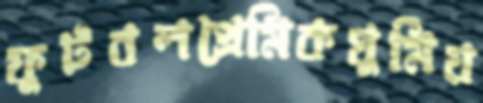
ফুটবলপ্রেমিকঘুমিয়